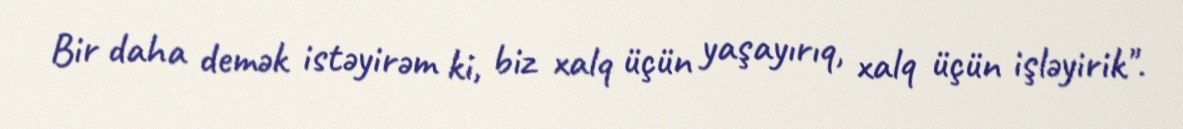
Bir daha demək istəyirəm ki, biz xalq üçün yaşayırıq, xalq üçün işləyirik".